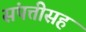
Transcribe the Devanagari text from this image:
संपत्तीसह